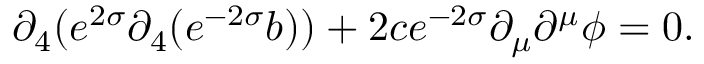
\partial _ { 4 } ( e ^ { 2 \sigma } \partial _ { 4 } ( e ^ { - 2 \sigma } b ) ) + 2 c e ^ { - 2 \sigma } \partial _ { \mu } \partial ^ { \mu } \phi = 0 .